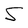
Character: S